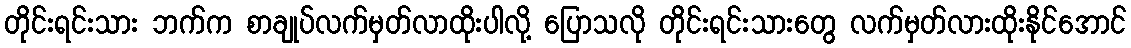
တိုင်းရင်းသား ဘက်က စာချုပ်လက်မှတ်လာထိုးပါလို့ ပြောသလို တိုင်းရင်းသားတွေ လက်မှတ်လားထိုးနိုင်အောင်